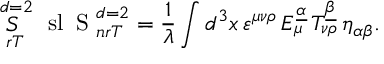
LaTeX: \mathop { S } _ { \ r T } ^ { \ d = 2 } \mathrm { \LARGE \ s l ~ S } _ { \ n r T } ^ { \ d = 2 } = { \frac { 1 } { \lambda } } \int d ^ { 3 } x \, \varepsilon ^ { \mu \nu \rho } \, E _ { \mu } ^ { \underline { { { \alpha } } } } \, T _ { \nu \rho } ^ { \underline { { { \beta } } } } \, \eta _ { \alpha \beta } .